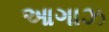
આગાઝ